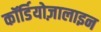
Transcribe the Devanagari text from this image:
कॉर्डियोज़ालाइन